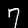
Label: 7